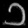
Digit: ၁